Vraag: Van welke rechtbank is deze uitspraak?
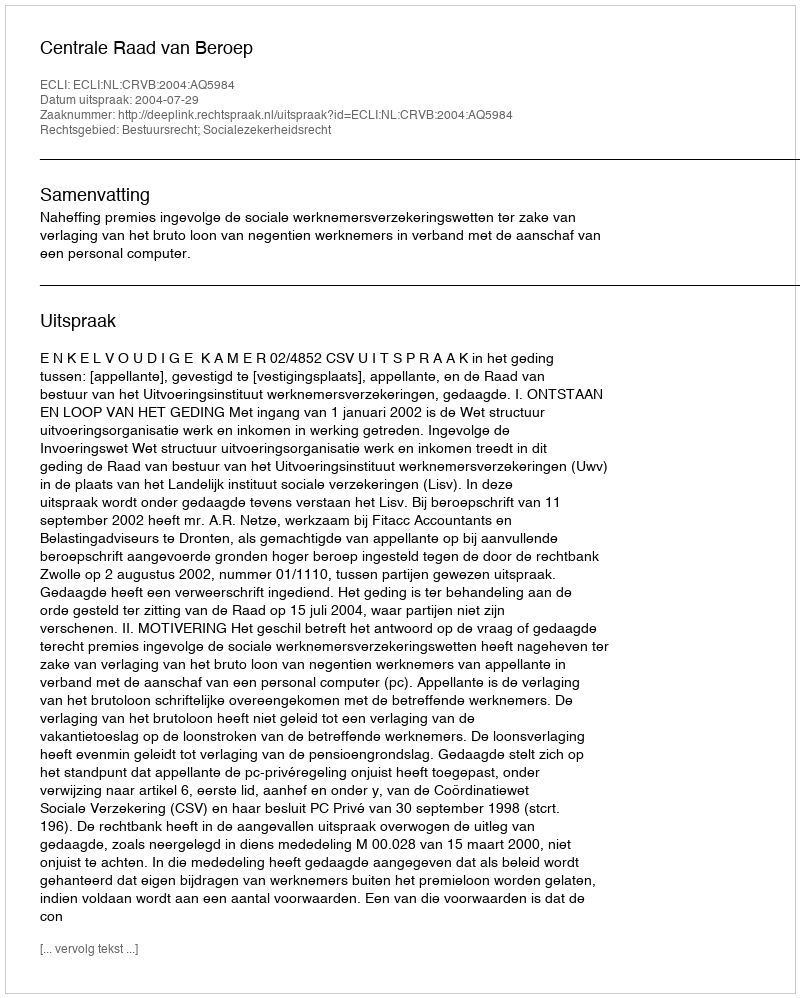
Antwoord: Centrale Raad van Beroep